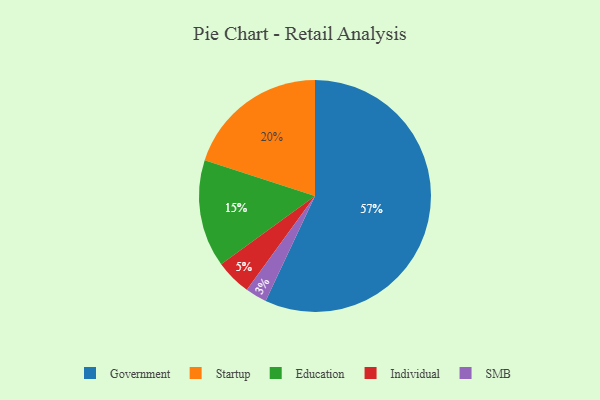
{"axis": {"x": "Category", "y": "Percentage"}, "legend": ["Education", "Government", "Individual", "SMB", "Startup"], "data": [{"x": "Education", "y": 15, "type": "Education"}, {"x": "Individual", "y": 5, "type": "Individual"}, {"x": "SMB", "y": 3, "type": "SMB"}, {"x": "Startup", "y": 20, "type": "Startup"}, {"x": "Government", "y": 57, "type": "Government"}]}